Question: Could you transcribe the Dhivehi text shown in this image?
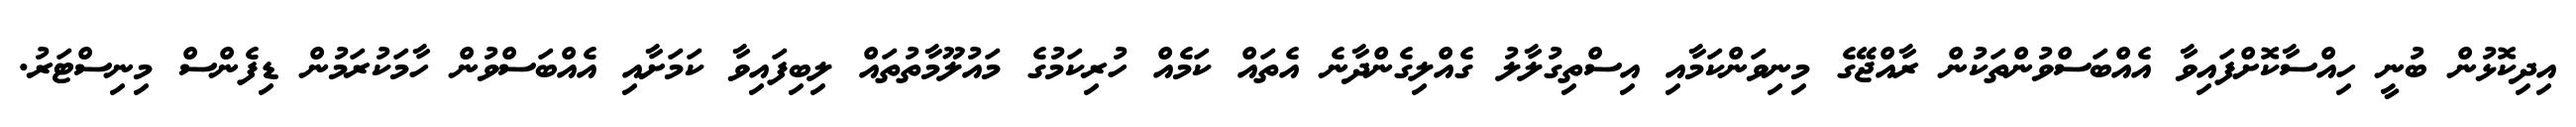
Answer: އިދިކޮޅުން ބުނީ ހިއްސާކޮށްފައިވާ އެއްބަސްވުންތަކުން ރާއްޖޭގެ މިނިވަންކަމާއި އިސްތިގުލާލު ގެއްލިގެންދާނެ އެތައް ކަމެއް ހުރިކަމުގެ މައުލޫމާތުތައް ލިބިފައިވާ ކަމަށާއި އެއްބަސްވުން ހާމަކުރަމުން ޑިފެންސް މިނިސްޓަރު.